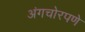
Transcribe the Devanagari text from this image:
अंगचोरपणे